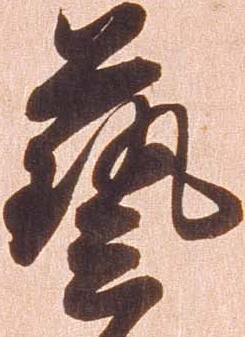
芸